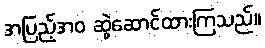
အပြည့်အဝ ဆွဲဆောင်ထားကြသည်။